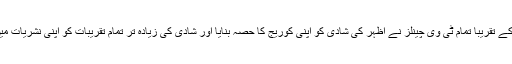
پاکستان کے تقریباً تمام ٹی وی چینلز نے اظہر کی شادی کو اپنی کوریج کا حصہ بنایا اور شادی کی زیادہ تر تمام تقریبات کو اپنی نشریات میں دکھایا۔